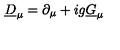
\underline { { D } } _ { \mu } = \partial _ { \mu } + i g \underline { { G } } _ { \mu }